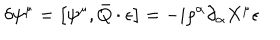
\delta \psi ^ { \mu } = \left[ \psi ^ { \mu } , \bar { Q } \cdot \epsilon \right] = - i \rho ^ { \alpha } \partial _ { \alpha } X ^ { \mu } \epsilon